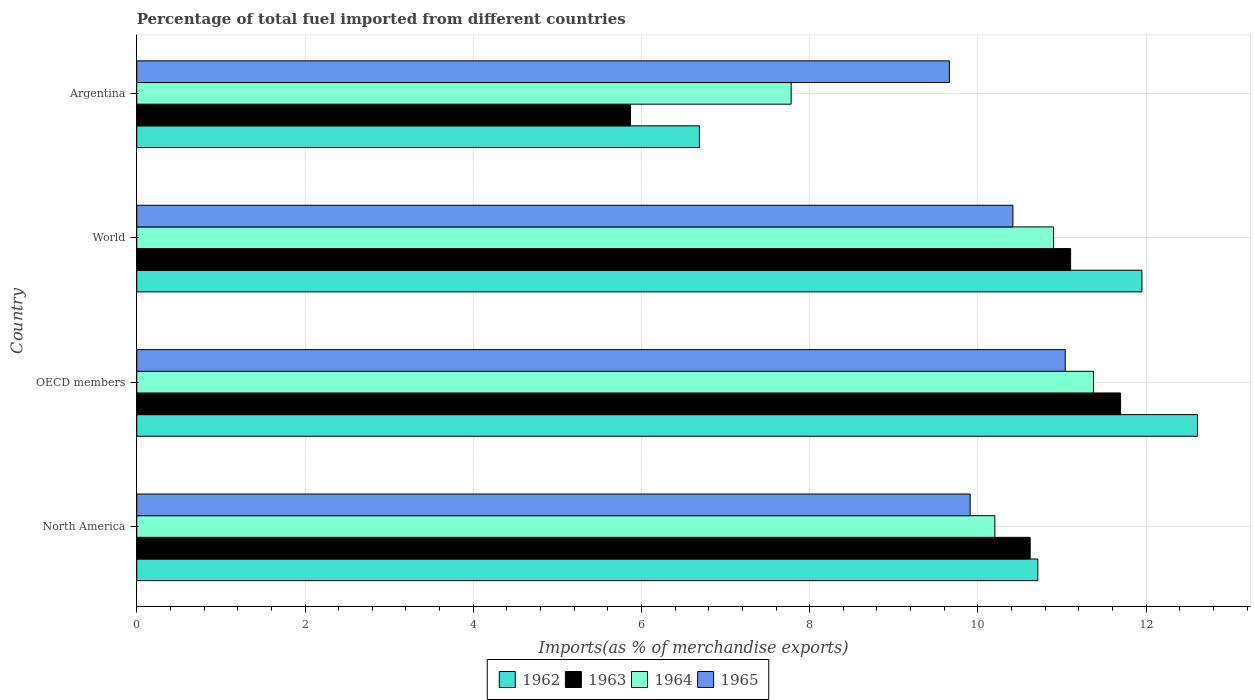
| Country | 1962 | 1963 | 1964 | 1965 |
 | --- | --- | --- | --- | --- |
 | North America | 10.7 | 10.6 | 10.2 | 9.91 |
 | OECD members | 12.6 | 11.7 | 11.4 | 11 |
 | World | 12 | 11.1 | 10.9 | 10.4 |
 | Argentina | 6.69 | 5.87 | 7.78 | 9.66 |